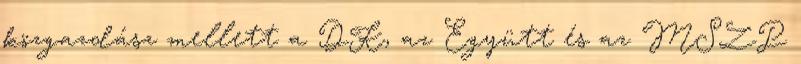
közgazdász mellett a DK, az Együtt és az MSZP